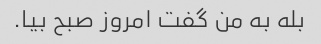
بله به من گفت امروز صبح بیا.